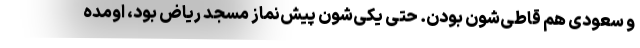
و سعودی هم قاطی‌شون بودن. حتی یکی‌شون پیش‌نماز مسجد ریاض بود، اومده